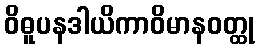
ဝိဓူပနဒါယိကာဝိမာနဝတ္ထု